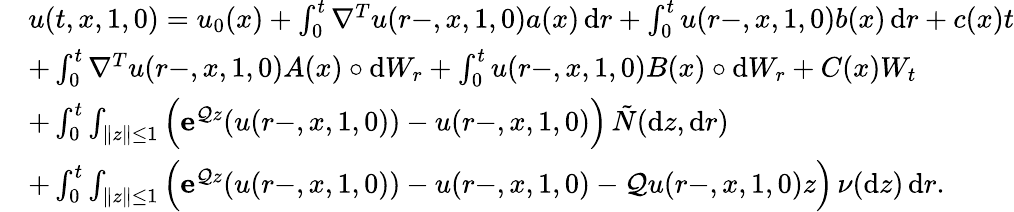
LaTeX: \begin{array}{rl}&{u(t,x,1,0)=u_{0}(x)+\int_{0}^{t}\nabla^{T}u(r-,x,1,0)a(x)\, \mathrm{d}r+\int_{0}^{t}u(r-,x,1,0)b(x)\, \mathrm{d}r+c(x)t}\\ &{+\int_{0}^{t}\nabla^{T}u(r-,x,1,0)A(x)\circ\mathrm{d}W_{r}+\int_{0}^{t}u(r-,x,1,0)B(x)\circ\mathrm{d}W_{r}+C(x)W_{t}}\\ &{+\int_{0}^{t}\int_{\| z\| \leq 1}\Big(\mathbf{e}^{\mathcal{Q}z}(u(r-,x,1,0))-u(r-,x,1,0)\Big)\, \tilde{N}(\mathrm{d}z,\mathrm{d}r)}\\ &{+\int_{0}^{t}\int_{\| z\| \leq 1}\Big(\mathbf{e}^{\mathcal{Q}z}(u(r-,x,1,0))-u(r-,x,1,0)-\mathcal{Q}u(r-,x,1,0)z\Big)\, \nu(\mathrm{d}z)\, \mathrm{d}r.}\end{array}